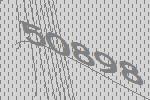
50898